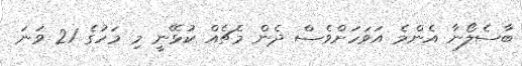
ބާސެލޯނާ އެންމެ އަވަހަށްވެސް ދެން މެޗެއް ކުޅޭނީ މި މަހުގެ 21 ވަނަ